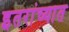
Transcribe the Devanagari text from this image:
इतरांच्यात